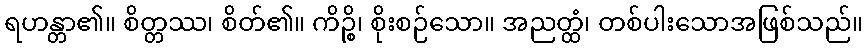
ရဟန္တာ၏။ စိတ္တဿ၊ စိတ်၏။ ကိဉ္စိ၊ စိုးစဉ်သော။ အညတ္ထံ၊ တစ်ပါးသောအဖြစ်သည်။